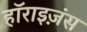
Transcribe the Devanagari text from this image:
हॉराइज़ंस